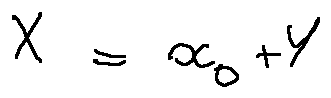
X = x _ { 0 } + Y